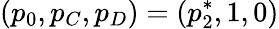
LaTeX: (p_{0},p_{C},p_{D})=(p_{2}^{*},1,0)